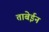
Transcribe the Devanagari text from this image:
ताबेईन